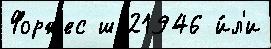
Форжес ш 21946 и́л'и